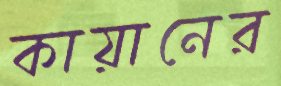
কায়ানের